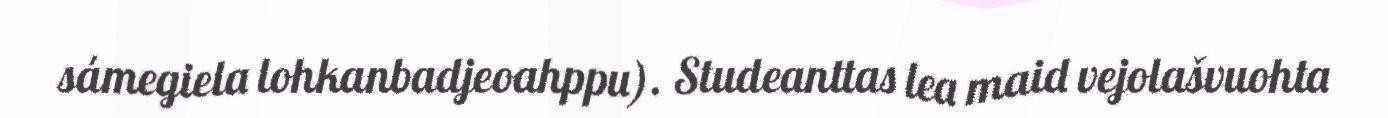
sámegiela lohkanbadjeoahppu). Studeanttas lea maid vejolašvuohta